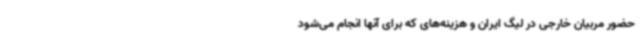
حضور مربیان خارجی در لیگ ایران و هزینه‌های که برای آنها انجام می‌شود